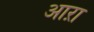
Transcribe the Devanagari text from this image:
आऱा